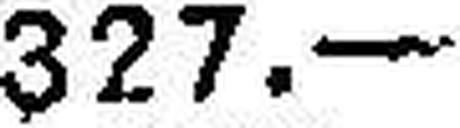
327.—